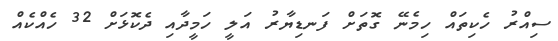
ސިއްރު ހެކިތައް ހިމެނޭ ގޮތަށް ފަނޑިޔާރު އަލީ ހަމީދާއި ދެކޮޅަށް 32 ހެއްކެއް